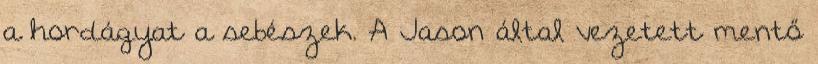
a hordágyat a sebészek. A Jason által vezetett mentő